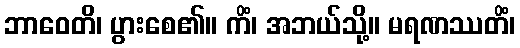
ဘာဝေတိ၊ ပွားစေ၏။ ကိံ၊ အဘယ်သို့။ မရဏဿတိံ၊